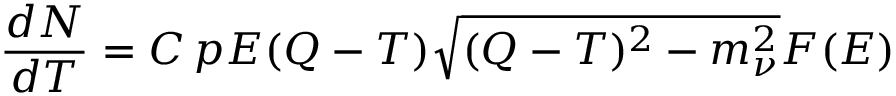
\frac { d N } { d T } = C \, p E ( Q - T ) \sqrt { ( Q - T ) ^ { 2 } - m _ { \nu } ^ { 2 } } F ( E )